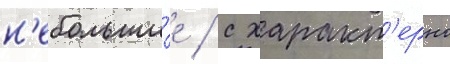
н'ебольши́е / с характ'ерно